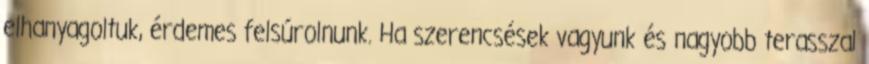
elhanyagoltuk, érdemes felsúrolnunk. Ha szerencsések vagyunk és nagyobb terasszal